Annual report on the mental hospital in the Central Provinces and Berar (Nagpur) - 1927-1951
Year: 1927
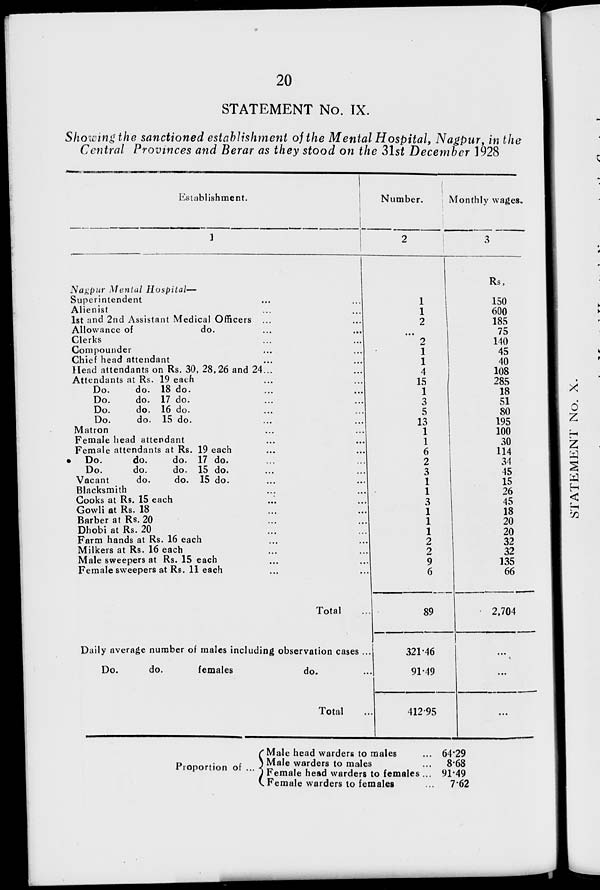
20
STATEMENT No. IX.
Showing the sanctioned establishment of the Mental Hospital, Nagpur in the
Central Provinces and Berar as they stood on the 31st December 1928
Establishment.
1
Nagpur Mental Hospital—
Superintendent ... ...
Alienist ... ...
1st and 2nd Assistant Medical Officers ... ...
Allowance of
do. ... ...
Clerks ... ...
Compounder ... ...
Chief head attendant ... ...
Head attendants on Rs. 30, 28, 26 and 24 ... ...
Attendants at Rs. 19 each ... ...
Do.
do. 18 do. ... ...
Do.
do. 17 do. ... ...
Do.
do. 16 do. ... ...
Do.
do. 15 do. ... ...
Matron ... ...
Female head attendant ... ...
Female attendants at Rs. 19 each ... ...
Do.
do.
do. 17 do. ... ...
Do.
do.
do. 15 do. ... ...
Vacant
do.
do. 15 do. ... ...
Blacksmith ... ...
Cooks at Rs. 15 each ... ...
Gowli at Rs. 18 ... ...
Barber at Rs. 20 ... ...
Dhobi at Rs. 20 ... ...
Farm hands at Rs. 16 each ... ...
Milkers at Rs. 16 each ... ...
Male sweepers at Rs. 15 each ... ...
Female sweepers at Rs. 11 each ... ...
Total ...
Daily average number of males including observation cases ...
Do.
do.
females
do. ...
Total
...
Number.
2
1
1
2
...
2
1
1
4
15
1
3
5
13
1
1
6
2
3
1
1
3
1
1
1
2
2
9
6
89
321.46
91.49
412.95
Monthly wages.
3
Rs.
150
600
185
75
140
45
40
108
285
18
51
80
195
100
30
114
34
45
15
26
45
18
20
20
32
32
135
66
2,704
...
...
...
Proportion of ...
Male head warders to males ...
Male warders to males ...
Female head warders to females ...
Female warders to females ...
64.29
8.68
91.49
7.62